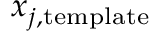
\boldsymbol { x } _ { j , \mathrm { t e m p l a t e } }